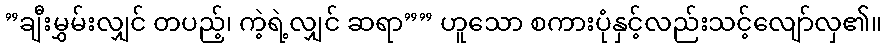
”ချီးမွှမ်းလျှင် တပည့်၊ ကဲ့ရဲ့လျှင် ဆရာ”” ဟူသော စကားပုံနှင့်လည်းသင့်လျော်လှ၏။